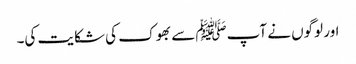
اور لوگوں نے آپﷺ سے بھوک کی شکایت کی۔